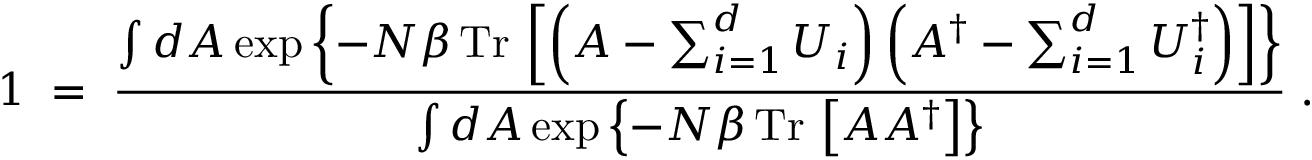
1 \; = \; { \frac { \int d A \exp \left\{ - N \beta \, \mathrm { T r } \, \left[ \left( A - \sum _ { i = 1 } ^ { d } U _ { i } \right) \left( A ^ { \dagger } - \sum _ { i = 1 } ^ { d } U _ { i } ^ { \dagger } \right) \right] \right\} } { \int d A \exp \left\{ - N \beta \, \mathrm { T r } \, \left[ A A ^ { \dagger } \right] \right\} } } \; .